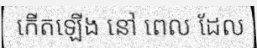
កើតឡើង នៅ ពេល ដែល